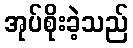
အုပ်စိုးခဲ့သည်